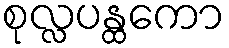
စုလ္လပန္ထကော